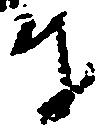
奉